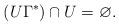
LaTeX: \begin{align*} (U \Gamma^*) \cap U = \varnothing. \end{align*}